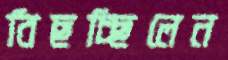
বিছচ্ছিলেন